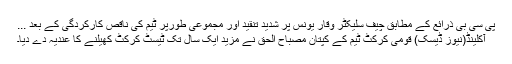
پی سی بی ذرائع کے مطابق چیف سلیکٹر وقار یونس پر شدید تنقید اور مجموعی طورپر ٹیم کی ناقص کارکردگی کے بعد ...
آکلینڈ(نیوز ڈیسک) قومی کرکٹ ٹیم کے کپتان مصباح الحق نے مزید ایک سال تک ٹیسٹ کرکٹ کھیلنے کا عندیہ دے دیا۔